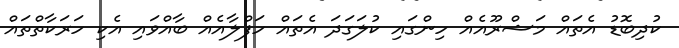
ކުދިބޮޑު އެތައް މަޝްރޫއެއް ހިންގައި ކުލަގަދަ އެތައް ހަފްލާއެއް ބާއްވައި އެކި ހަރަކާތްތައް